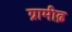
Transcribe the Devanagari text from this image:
ग्रामीढ़